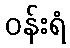
ဝန်းရံ